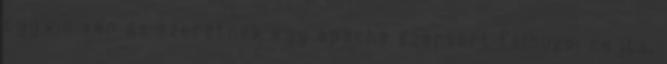
cygwin van és szeretnék egy apache szervert felhúzni rajta,